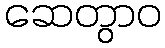
ဆေတွာဝ